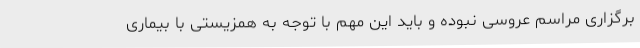
برگزاری مراسم عروسی نبوده و باید این مهم با توجه به همزیستی با بیماری